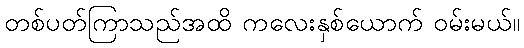
တစ်ပတ်ကြာသည်အထိ ကလေးနှစ်ယောက် ဝမ်းမယ်။